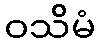
ဝသိမံ